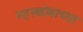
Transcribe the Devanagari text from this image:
म्हस्कोबाच्या